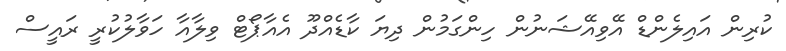
ކުރިން އައިލެންޑް އޭވިއޭޝަނުން ހިންގަމުން ދިޔަ ކާޑެއްދޫ އެއާޕޯޓް ވިލާއާ ހަވާލުކުރީ ރައީސް